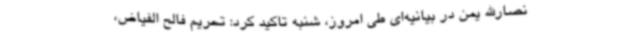
نصارالله یمن در بیانیه‌ای طی امروز، شنبه تاکید کرد: تحریم فالح الفیاض،